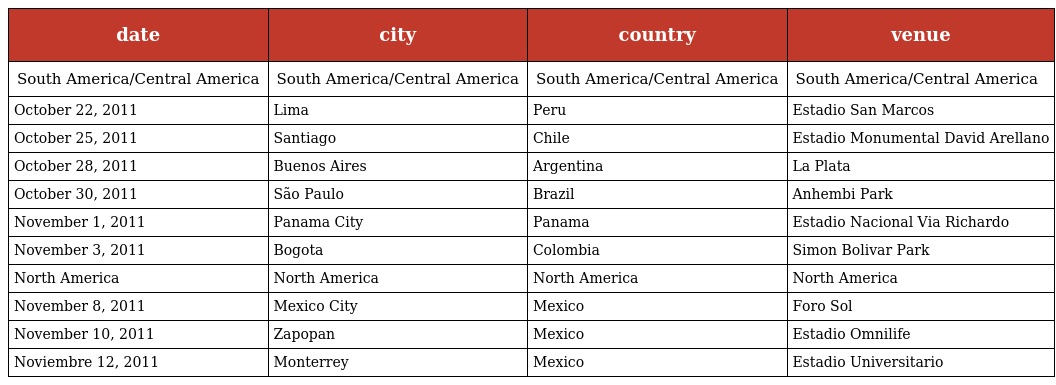
| date | city | country | venue |
 | --- | --- | --- | --- |
 | South America/Central America | South America/Central America | South America/Central America | South America/Central America |
 | October 22, 2011 | Lima | Peru | Estadio San Marcos |
 | October 25, 2011 | Santiago | Chile | Estadio Monumental David Arellano |
 | October 28, 2011 | Buenos Aires | Argentina | La Plata |
 | October 30, 2011 | São Paulo | Brazil | Anhembi Park |
 | November 1, 2011 | Panama City | Panama | Estadio Nacional Via Richardo |
 | November 3, 2011 | Bogota | Colombia | Simon Bolivar Park |
 | North America | North America | North America | North America |
 | November 8, 2011 | Mexico City | Mexico | Foro Sol |
 | November 10, 2011 | Zapopan | Mexico | Estadio Omnilife |
 | Noviembre 12, 2011 | Monterrey | Mexico | Estadio Universitario |